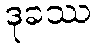
ဒုခဿ